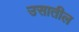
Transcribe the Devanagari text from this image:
उसातील